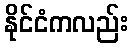
နိုင်ငံကလည်း